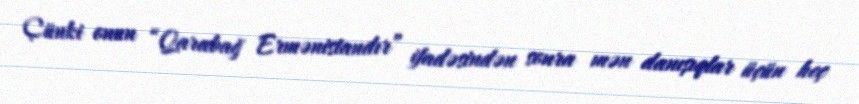
Çünki onun “Qarabağ Ermənistandır” ifadəsindən sonra mən danışıqlar üçün heç